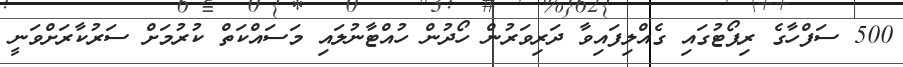
500 ސަފްހާގެ ރިޕޯޓުގައި ގެއްލިފައިވާ ދަރިވަރުން ހޯދުން ހުއްޓާނުލައި މަސައްކަތް ކުރުމަށް ސަރުކާރަށްވަނީ